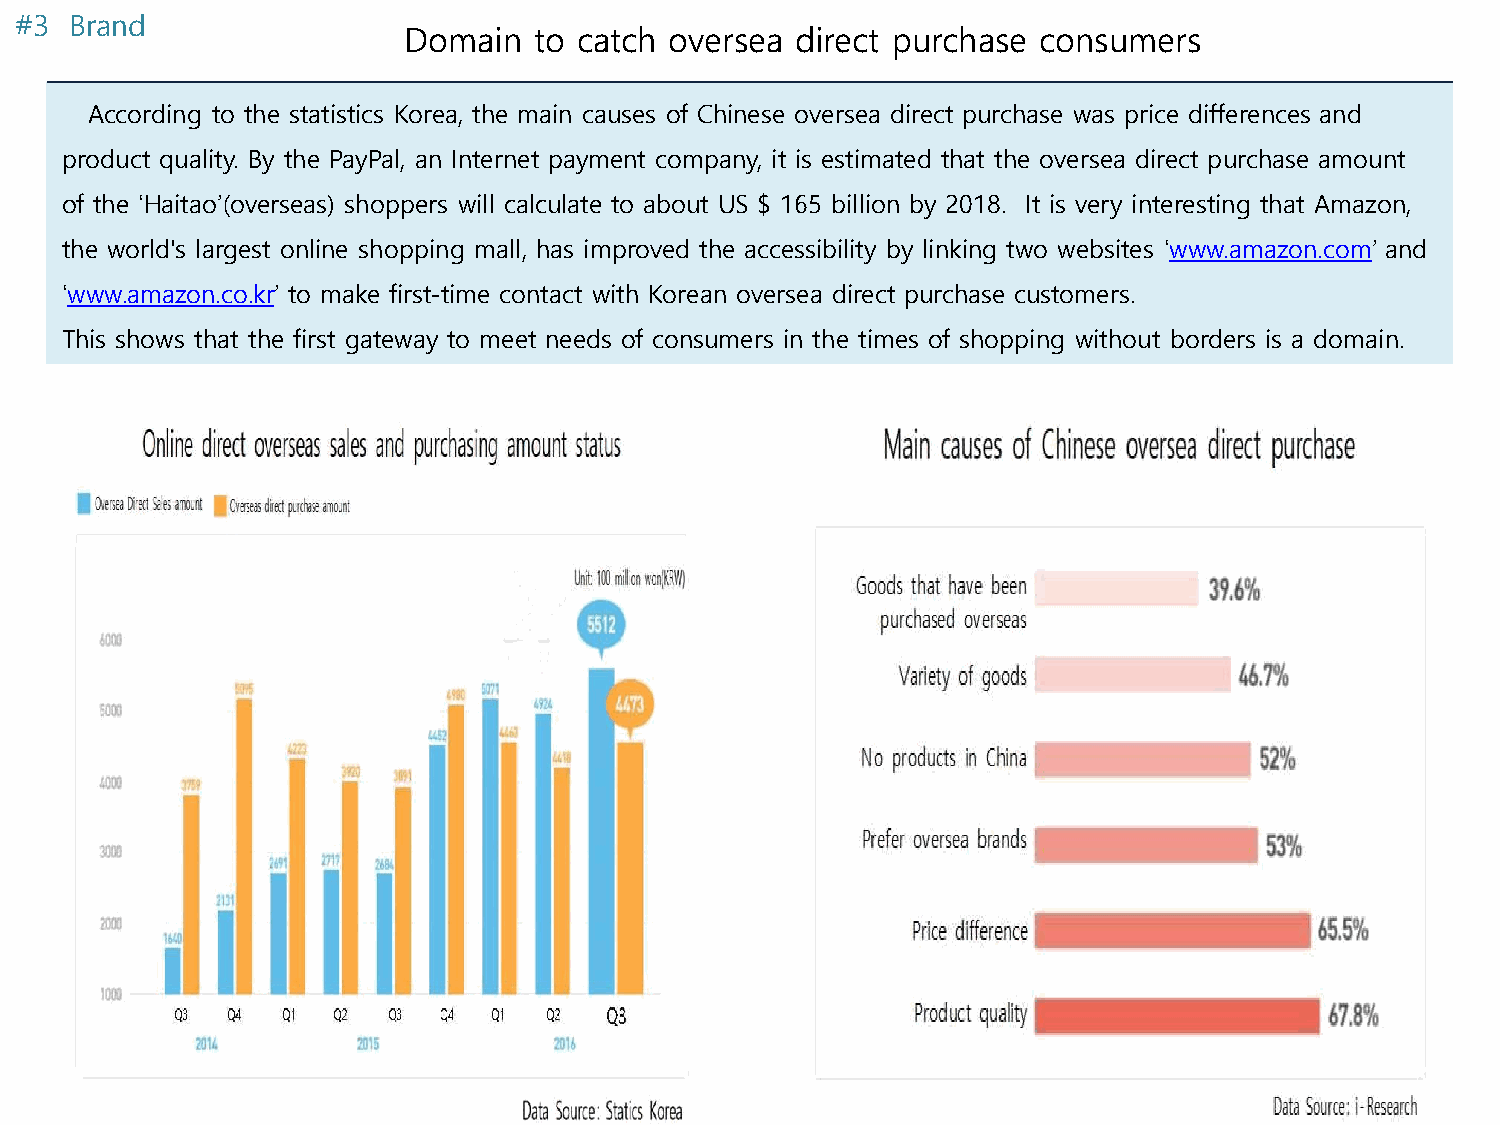
#3  Brand
 Domain  to catch oversea  direct purchase consumers
 According to the statistics Korea, the main causes of Chinese oversea direct purchase was price differences and
 product quality. By the PayPal, an Internet payment company, it is estimated that the oversea direct purchase amount
 of the ‘Haitao’(overseas) shoppers will calculate to about US $ 165 billion by 2018. It is very interesting that Amazon,
 the world's largest online shopping mall, has improved the accessibility by linking two websites ‘www.amazon.com’ and
 ‘www.amazon.co.kr’ to make first-time contact with Korean oversea direct purchase customers.
 This shows that the first gateway to meet needs of consumers in the times of shopping without borders is a domain.